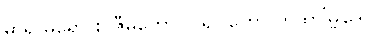
ဓာရာဓရော စ ဇီမူတော၊ ဝါရိဝါဟော တထာ’မ္ဗုဒေါ။